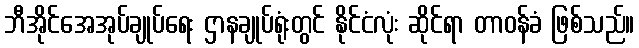
ဘီအိုင်အေအုပ်ချုပ်ရေး ဌာနချုပ်ရုံးတွင် နိုင်ငံလုံး ဆိုင်ရာ တာဝန်ခံ ဖြစ်သည်။